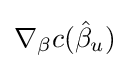
\nabla _{\beta }c({\hat {\beta }}_{u})